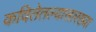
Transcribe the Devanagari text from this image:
कवितेतल्यासारख्या